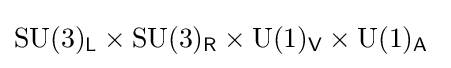
\mathrm {SU} (3)_{\mathsf {L}}\times \mathrm {SU} (3)_{\mathsf {R}}\times \mathrm {U} (1)_{\mathsf {V}}\times \mathrm {U} (1)_{\mathsf {A}}~